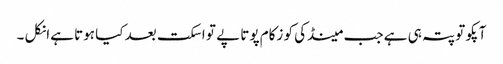
آپکو تو پتہ ہی ہے جب مینڈکی کو زکام پوتا پے تو اسکت بعد کیا ہوتا ہےانکل ۔